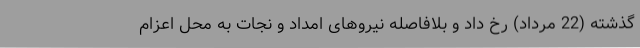
گذشته (22 مرداد) رخ داد و بلافاصله نیروهای امداد و نجات به محل اعزام